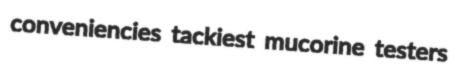
conveniencies tackiest mucorine testers